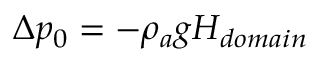
\Delta p _ { 0 } = - \rho _ { a } g H _ { d o m a i n }